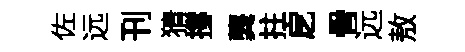
佐远刊猜撐龔拄戹骨远敖